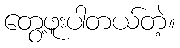
တွေ့ဖူးပါတယ်တဲ့။